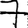
Digit: 7